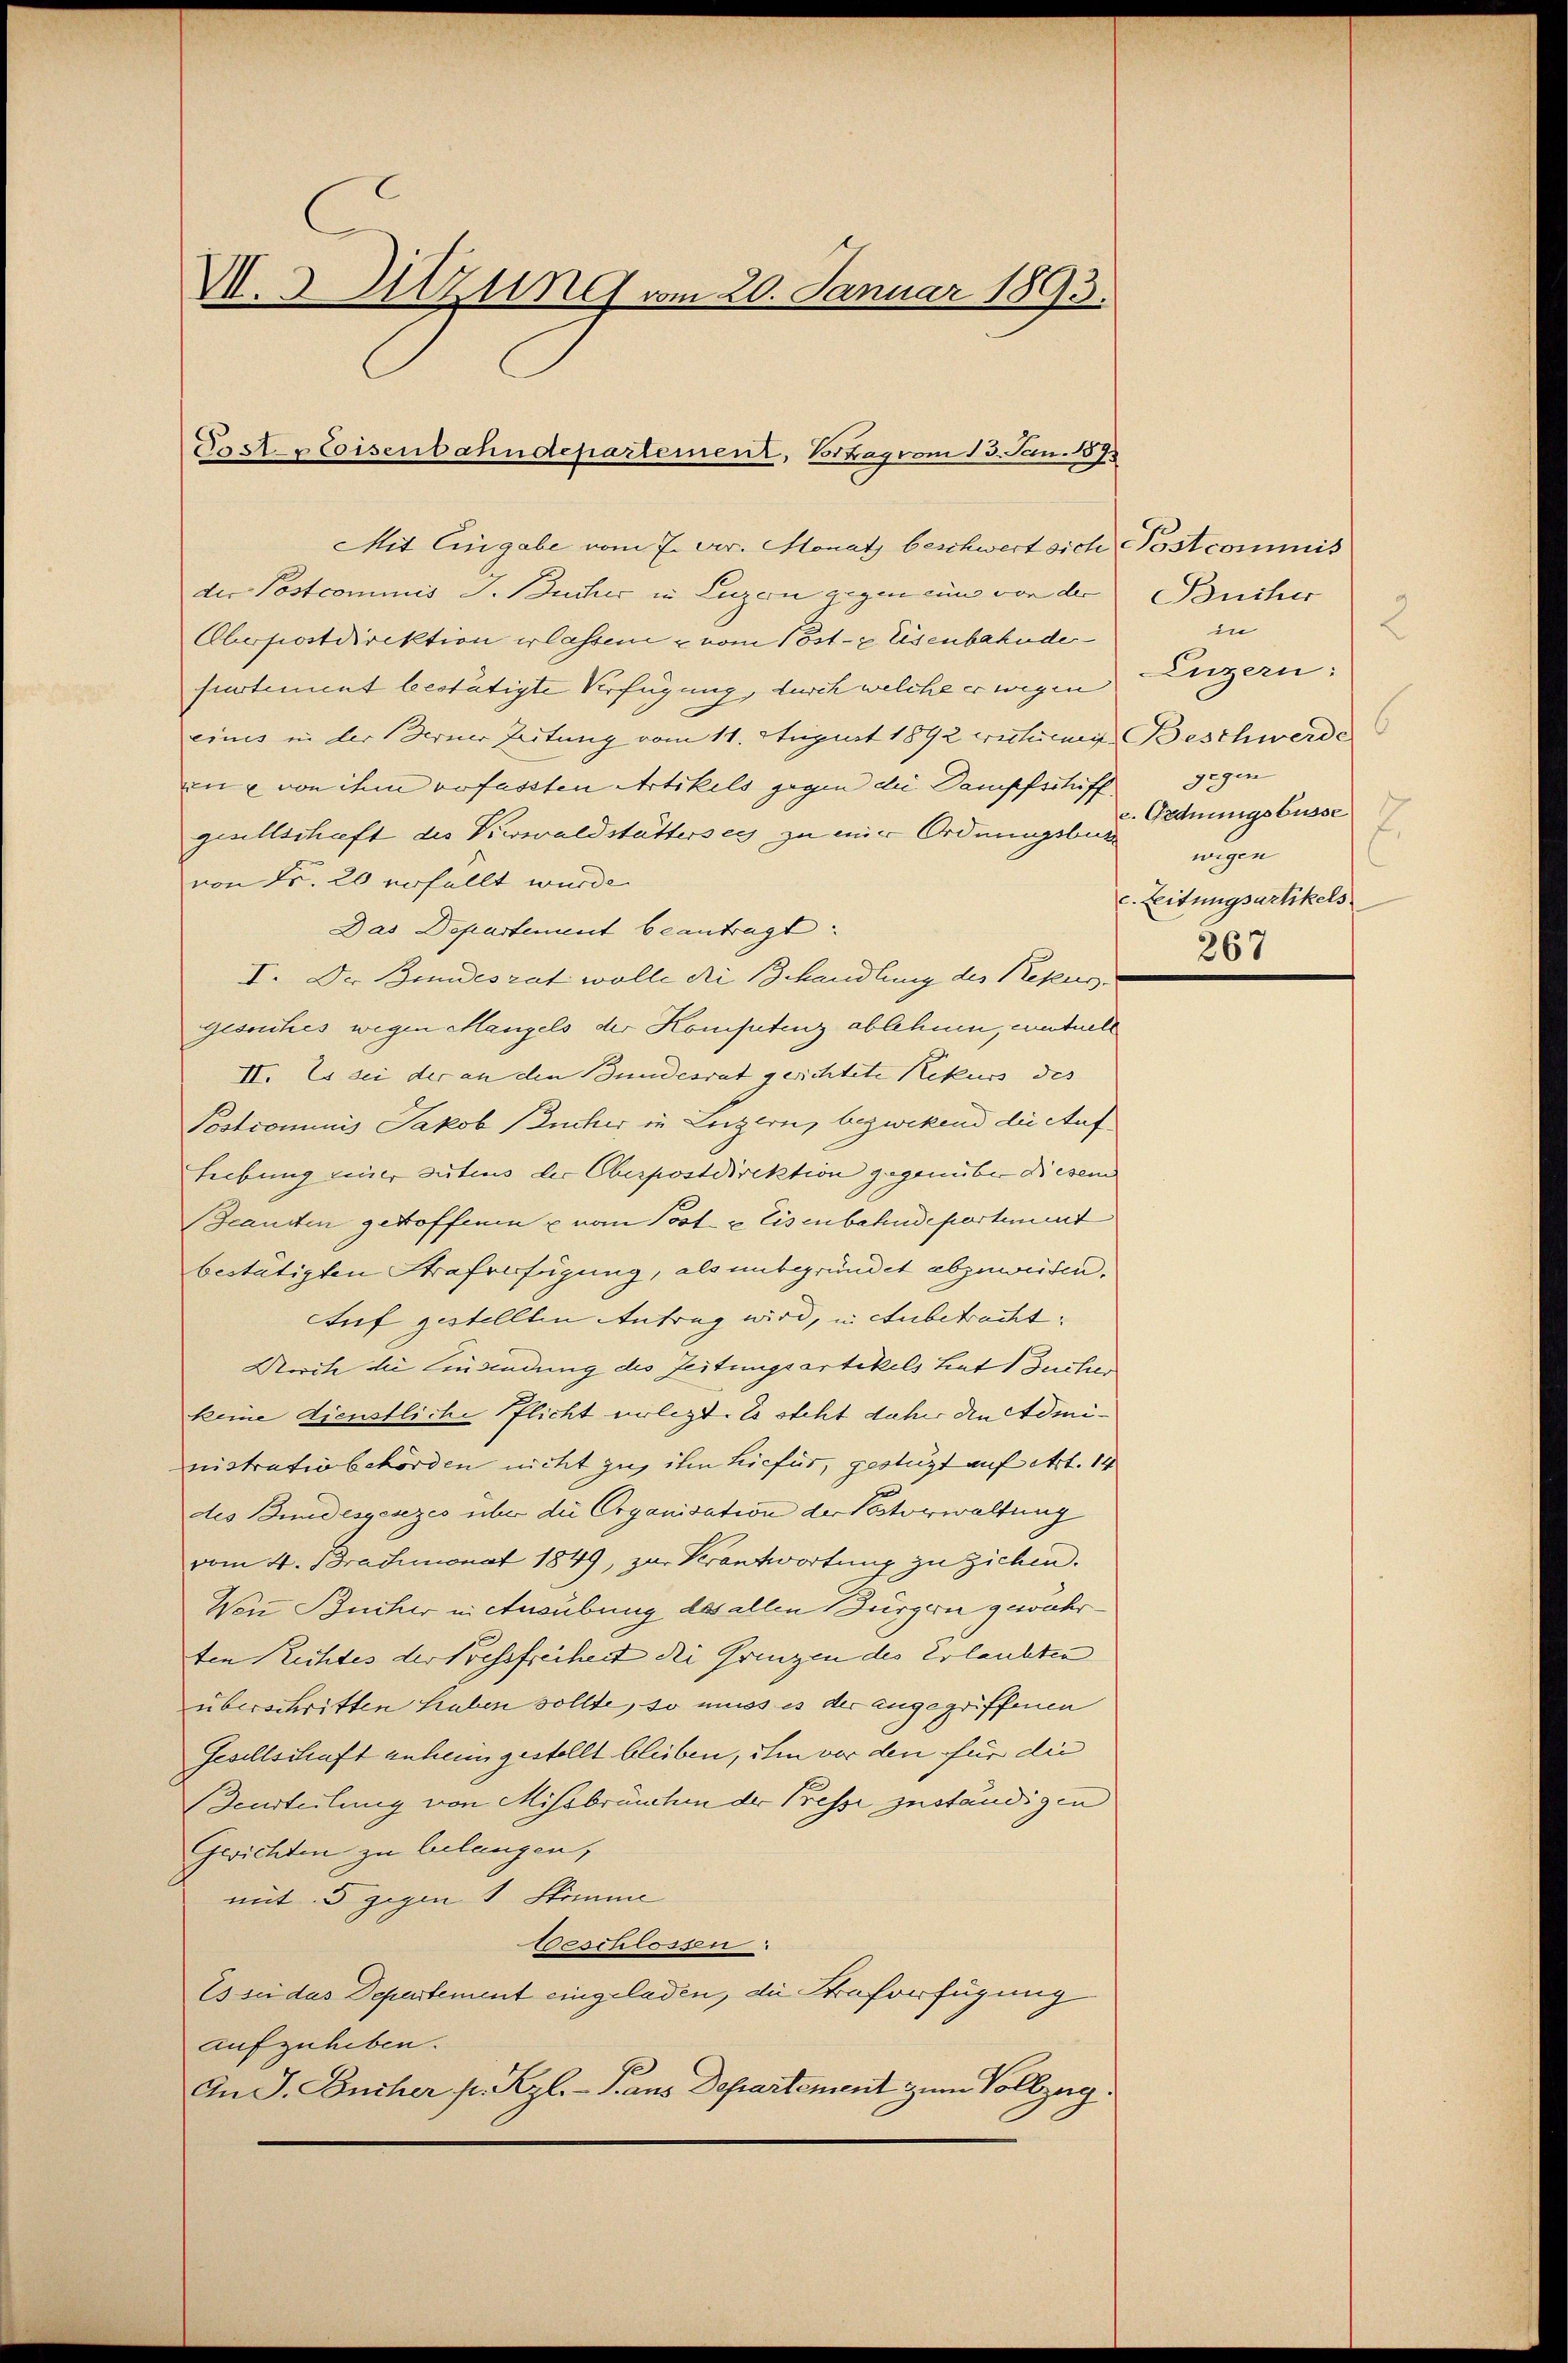
V.3 Sitzung vom 20. Januar 1893.

Tast. - Coisenbahndepartement, Betrag vom 13. Jan. 187.

Mit Eingabe vom 7. Dr. Monat beschwert sich Postcommis
der Postcommis J. Bücher in Luzern gegen eines von der
Obopiostdirektion erlassen & vom Post- & Eisenbahndefinstement bestätigte Verfügung, durch welche er wegen
eines in der Ferner Zeitung vom 11. August 1892 citienen Beschwerde
ine von ihm verfassten Artikels gegen die Dampfschiff
gesellschaft des Kiwwaldstätterses zu mir Ordnungsbur
von Fr. 20 erfüllt wurde.
Das Departement beantragt.
I. Der Bundesrat wolle die Behandlung des Rekurgesuches wegen Mangels der Kompetenz ablehnen, entuell
II. Es sei der an den Bundesrat gerichtete Rekurs des
Postcommis Jakob (Bucher in Luzern, bezwekend die Auf¬
Liebung einer gutens der Oberpostdirektion gegenüber diesem
cansten getroffenen u vom Poste Eisenbahndepartement
bestätigten Strafenfügung, als mitgründet abzuweisen.
Auf gestellten Antrag wird, in Anbetracht,
Urch die Einsendung des Zeitungsartikels hat 1 Juchar
keine dienstliche Pflicht erlegt. Es steht daher an Administrativbehörden nicht zu ihm hiefür, gestüzt auf Art. 14
des Bundesgesezes über die Organisation der Potorwaltung
vom 4. Brachmonat 1849, zur Verantwortung zu ziehen.
Von Bücher in Ausübung des allen Bürgern gewährten Richtes der Bessfreiheit die Grenzen des Erlaubten
überschriften haben sollte, so muss es der angegriffenen
Gesellschaft anheimgestellt bleiben, ihm vor den für die
(Deurteilung von Missbräuchen der Presse zuständigen
Gerichten zu belangen,
mit. 5 zum 1 Stimme
Beschlossen
Es sei das Depertement eingeladen, die Strafverfügung
aufzuheben.
An J. Bücher p. Kzl. - Gans Departement zum Vollzug.

Bücher
in
Luzern:
gegen
c. Ordnungsbusse
wigen
c. Leitungsartikels
267